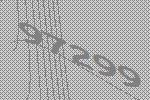
97299